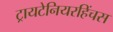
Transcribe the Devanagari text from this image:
ट्रायटेनियरहिंचस